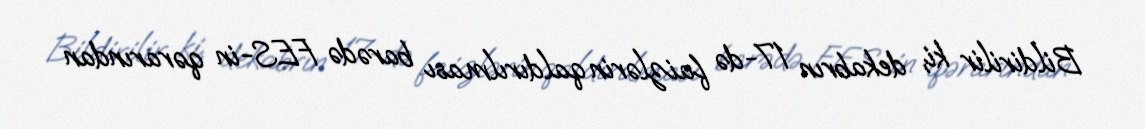
Bildirilir ki, dekabrın 17-də faizlərin qaldırılması barədə FES-in qərarından